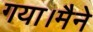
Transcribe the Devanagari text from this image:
गया।मैने